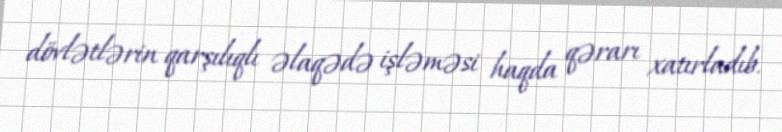
dövlətlərin qarşılıqlı əlaqədə işləməsi haqda qərarı xatırladıb.